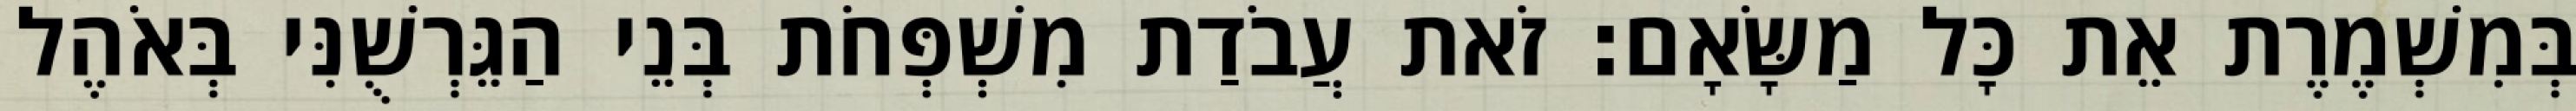
בְּמִשְׁמֶרֶת אֵת כָּל מַשָּׂאָם׃ זֹאת עֲבֹדַת מִשְׁפְּחֹת בְּנֵי הַגֵּרְשֻׁנִּי בְּאֹהֶל